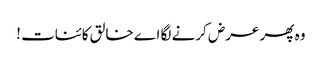
وہ پھر عرض کرنے لگا اے خالق کائنات !